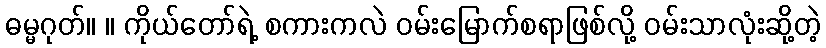
ဓမ္မဂုတ်။ ။ ကိုယ်တော်ရဲ့ စကားကလဲ ဝမ်းမြောက်စရာဖြစ်လို့ ဝမ်းသာလုံးဆို့တဲ့